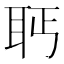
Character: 𰭵